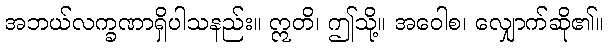
အဘယ်လက္ခဏာရှိပါသနည်း။ ဣတိ၊ ဤသို့။ အဝေါစ၊ လျှောက်ဆို၏။